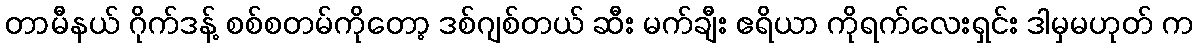
တာမီနယ် ဂိုက်ဒန့် စစ်စတမ်ကိုတော့ ဒစ်ဂျစ်တယ် ဆီး မက်ချီး ဧရိယာ ကိုရက်လေးရှင်း ဒါမှမဟုတ် က